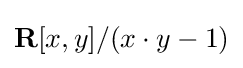
\mathbf {R} [x,y]/(x\cdot y-1)